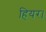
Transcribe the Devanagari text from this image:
हियर।